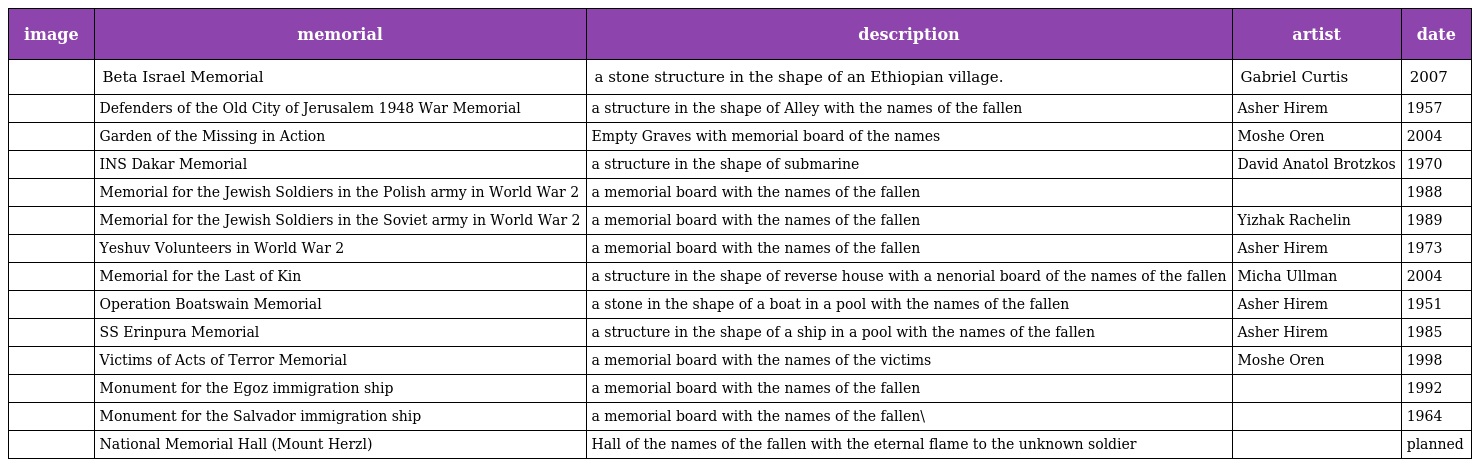
| image | memorial | description | artist | date |
 | --- | --- | --- | --- | --- |
 |  | Beta Israel Memorial | a stone structure in the shape of an Ethiopian village. | Gabriel Curtis | 2007 |
 |  | Defenders of the Old City of Jerusalem 1948 War Memorial | a structure in the shape of Alley with the names of the fallen | Asher Hirem | 1957 |
 |  | Garden of the Missing in Action | Empty Graves with memorial board of the names | Moshe Oren | 2004 |
 |  | INS Dakar Memorial | a structure in the shape of submarine | David Anatol Brotzkos | 1970 |
 |  | Memorial for the Jewish Soldiers in the Polish army in World War 2 | a memorial board with the names of the fallen |  | 1988 |
 |  | Memorial for the Jewish Soldiers in the Soviet army in World War 2 | a memorial board with the names of the fallen | Yizhak Rachelin | 1989 |
 |  | Yeshuv Volunteers in World War 2 | a memorial board with the names of the fallen | Asher Hirem | 1973 |
 |  | Memorial for the Last of Kin | a structure in the shape of reverse house with a nenorial board of the names of the fallen | Micha Ullman | 2004 |
 |  | Operation Boatswain Memorial | a stone in the shape of a boat in a pool with the names of the fallen | Asher Hirem | 1951 |
 |  | SS Erinpura Memorial | a structure in the shape of a ship in a pool with the names of the fallen | Asher Hirem | 1985 |
 |  | Victims of Acts of Terror Memorial | a memorial board with the names of the victims | Moshe Oren | 1998 |
 |  | Monument for the Egoz immigration ship | a memorial board with the names of the fallen |  | 1992 |
 |  | Monument for the Salvador immigration ship | a memorial board with the names of the fallen\ |  | 1964 |
 |  | National Memorial Hall (Mount Herzl) | Hall of the names of the fallen with the eternal flame to the unknown soldier |  | planned |